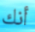
أنك